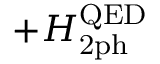
+ H _ { \mathrm { 2 p h } } ^ { \mathrm { Q E D } }